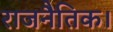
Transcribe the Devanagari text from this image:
राजनैतिक।